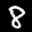
Label: 8